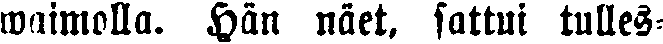
waimolla. Hän näet. sattui tulles-